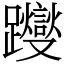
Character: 躞